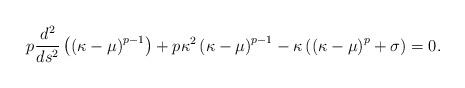
LaTeX: \begin{align*}p\frac{d^2}{ds^2}\left(\left(\kappa-\mu\right)^{p-1}\right)+p\kappa^2\left(\kappa-\mu\right)^{p-1}-\kappa\left(\left(\kappa-\mu\right)^p+\sigma\right)=0.\end{align*}